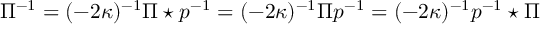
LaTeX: \Pi ^ { - 1 } = ( - 2 \kappa ) ^ { - 1 } \Pi \star p ^ { - 1 } = ( - 2 \kappa ) ^ { - 1 } \Pi p ^ { - 1 } = ( - 2 \kappa ) ^ { - 1 } p ^ { - 1 } \star \Pi